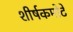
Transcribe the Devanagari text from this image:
शीर्षकमोटे